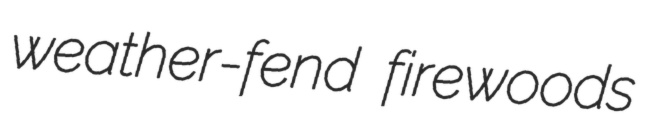
weather-fend firewoods